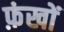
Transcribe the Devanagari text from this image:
फ़ंखों